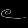
Digit: ၉